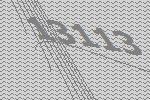
13113